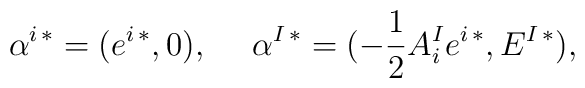
\alpha^{i\,*}=(e^{i\,*},0), \ \ \ \ \alpha^{I\,*}=(-{1\over 2}A^I_ie^{i\,*},E^{I\,*}),